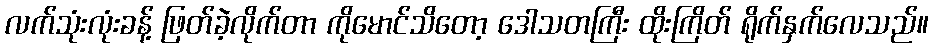
လက်သုံးလုံးခန့် ဖြတ်ခဲ့လိုက်တာ ကိုမောင်သိတော့ ဒေါသတကြီး ထိုးကြိတ် ရိုက်နှက်လေသည်။